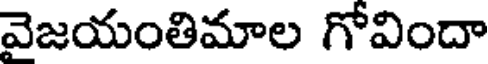
వెజయంతిమాల గోవిందా